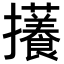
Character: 𪯃